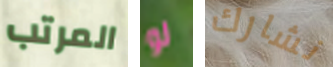
المرتب لو نشارك